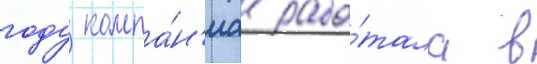
году компа́н'иа рабо́тала в